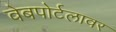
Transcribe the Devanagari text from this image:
वेबपोर्टलावर